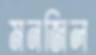
মনজিল